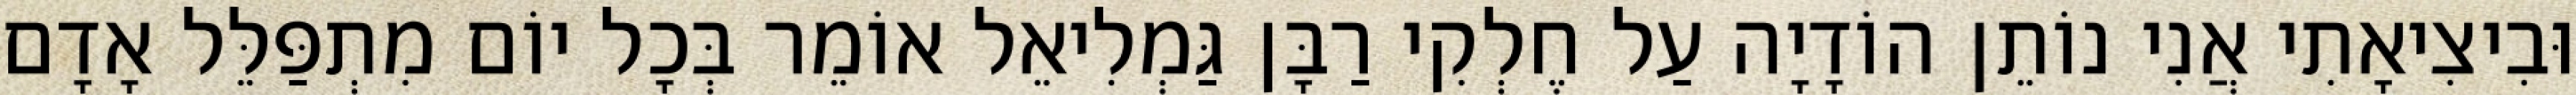
וּבִיצִיאָתִי אֲנִי נוֹתֵן הוֹדָיָה עַל חֶלְקִי רַבָּן גַּמְלִיאֵל אוֹמֵר בְּכָל יוֹם מִתְפַּלֵּל אָדָם